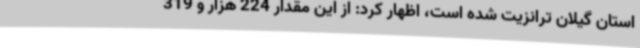
استان گیلان ترانزیت شده است، اظهار کرد: از این مقدار 224 هزار و 319